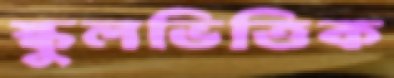
স্কুলভিত্তিক